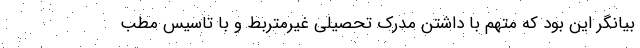
بیانگر این بود که متهم با داشتن مدرک تحصیلی غیرمتربط و با تاسیس مطب